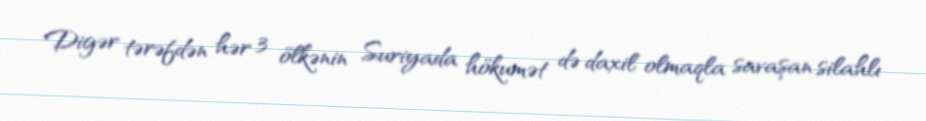
Digər tərəfdən hər 3 ölkənin Suriyada hökumət də daxil olmaqla savaşan silahlı